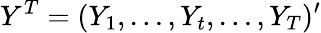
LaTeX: Y^{T}=(Y_{1},\dots,Y_{t},\dots,Y_{T})^{\prime}